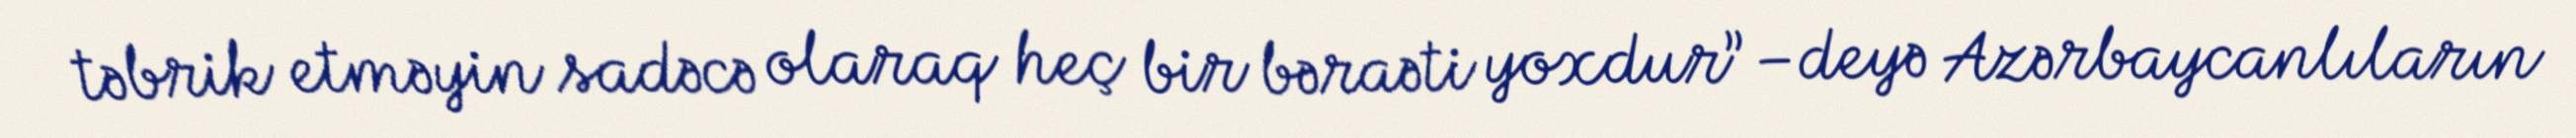
təbrik etməyin sadəcə olaraq heç bir bəraəti yoxdur” –deyə Azərbaycanlıların